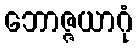
ဘောဇ္ဇယာဂုံ